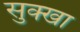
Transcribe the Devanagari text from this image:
सुक्खा